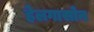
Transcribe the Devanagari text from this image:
हेलगासोन